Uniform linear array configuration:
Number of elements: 32
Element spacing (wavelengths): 0.75
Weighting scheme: kaiser
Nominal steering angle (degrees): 60
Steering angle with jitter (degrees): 61.023
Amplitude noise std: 0.05
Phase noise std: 0.05

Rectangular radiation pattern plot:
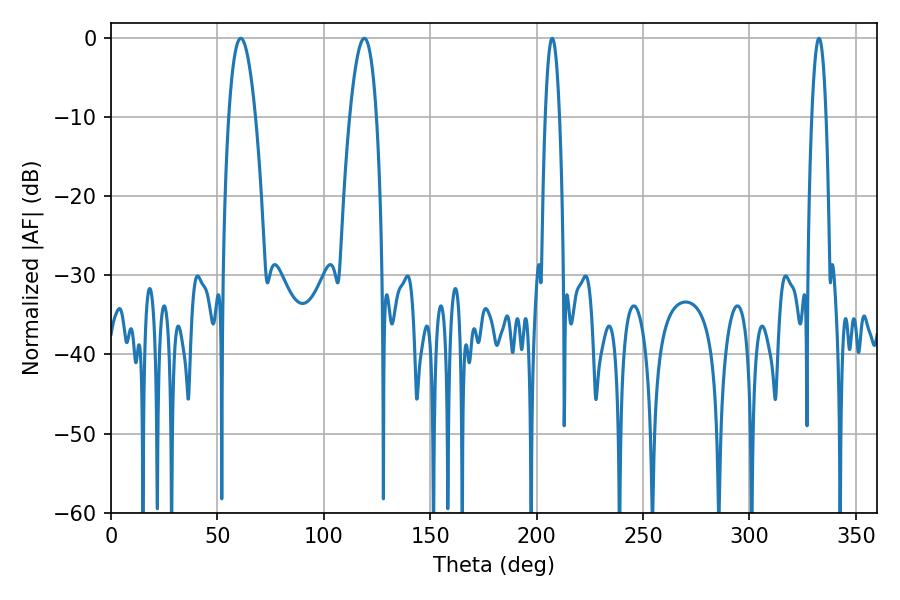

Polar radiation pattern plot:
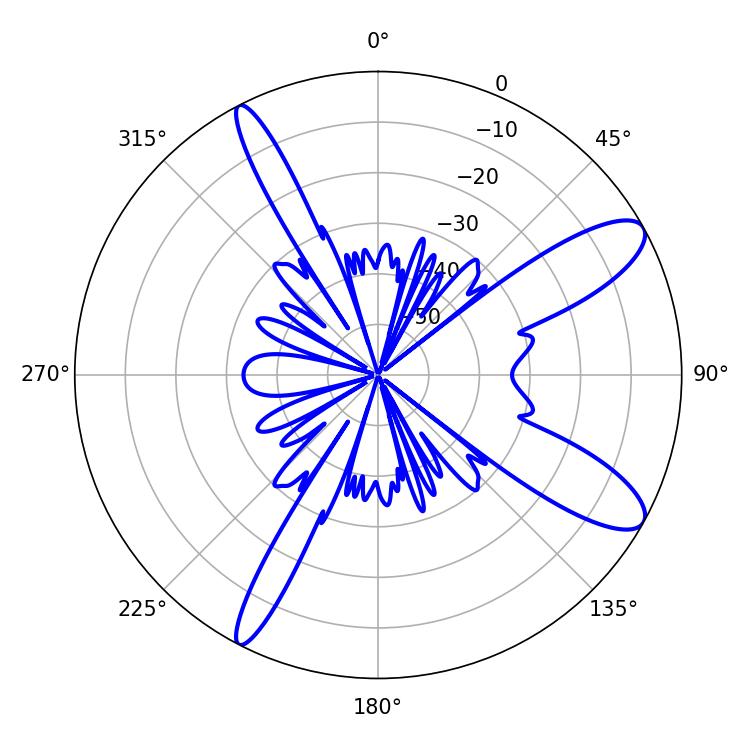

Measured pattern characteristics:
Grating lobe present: TRUE
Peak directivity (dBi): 10.867
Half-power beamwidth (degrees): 6.84
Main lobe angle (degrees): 61.02